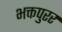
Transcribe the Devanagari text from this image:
भक्तपुरर